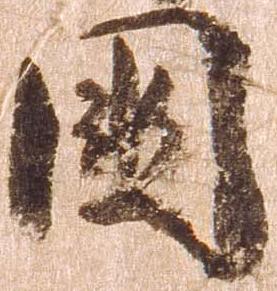
国